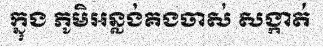
ក្នុង ភូមិអន្លង់គងចាស់ សង្កាត់